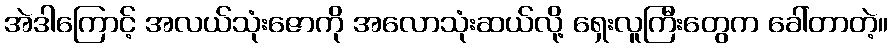
အဲဒါကြောင့် အလယ်သုံးဇောကို အလောသုံးဆယ်လို့ ရှေးလူကြီးတွေက ခေါ်တာတဲ့။